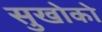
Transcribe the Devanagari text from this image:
सुखोको